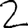
Digit: 2